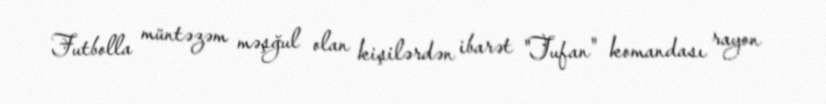
Futbolla müntəzəm məşğul olan kişilərdən ibarət "Tufan" komandası rayon